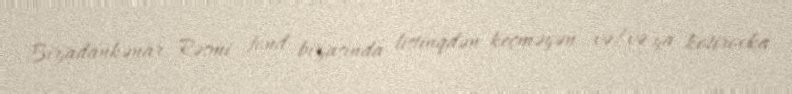
Birjadankənar Rəsmi fond birjasında listinqdən keçməyən və/və ya kotirovka